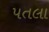
પતલા